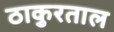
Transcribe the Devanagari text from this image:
ठाकुरताल